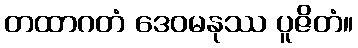
တထာဂတံ ဒေဝမနုဿ ပူဇိတံ။